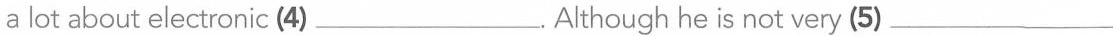
a lot about electronic (4)___.Although he is not very (5) ___